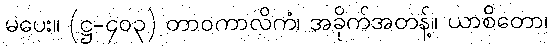
မပေး။ (ဋ္ဌ-၄၀၃) တာဝကာလိကံ၊ အခိုက်အတန့်။ ယာစိတော၊